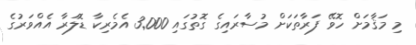
މި މަޤާމަށް ހޮވޭ ފަރާތަކަށް މުސާރައިގެ ގޮތުގައި 3